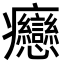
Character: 𤼣